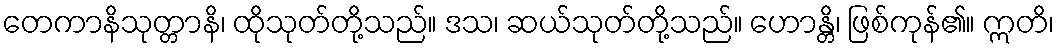
တေကာနိသုတ္တာနိ၊ ထိုသုတ်တို့သည်။ ဒသ၊ ဆယ်သုတ်တို့သည်။ ဟောန္တိ၊ ဖြစ်ကုန်၏။ ဣတိ၊